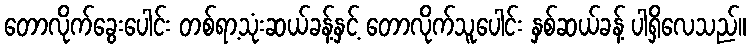
တောလိုက်ခွေးပေါင်း တစ်ရာ့သုံးဆယ်ခန့်နှင့် တောလိုက်သူပေါင်း နှစ်ဆယ်ခန့် ပါရှိလေသည်။